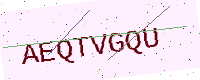
Text: AEQTVGQU